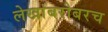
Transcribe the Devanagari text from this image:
लेखांबरोबरच